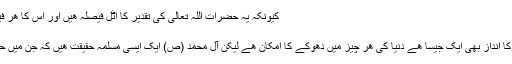
کیونکہ یہ حضرات اللہ تعالیٰ کی تقدیر کا اٹل فیصلہ ھیں اور اس کا ھر فیصلہ ھمیشہ قائم و دائم رھتا ھے
عبادت امام (ع)
اھل بیت علیھم السلام کی عبادت کا انداز بھی ایک جیسا ھے دنیا کی ھر چیز میں دھوکے کا امکان ھے لیکن آل محمد (ص) ایک ایسی مسلمہ حقیقت ھیں کہ جن میں حقیقت کے سوا کچھ نھیں نظر آتا۔